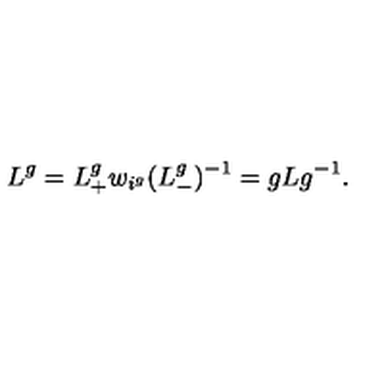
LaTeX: L ^ { g } = L _ { + } ^ { g } w _ { i ^ { g } } ( L _ { - } ^ { g } ) ^ { - 1 } = g L g ^ { - 1 } .